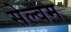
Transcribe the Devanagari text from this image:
सेल्वम